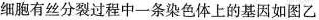
细胞有丝分裂过程中一条染色体上的基因如图乙